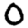
Digit: 0